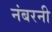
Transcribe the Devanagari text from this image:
नंबरनी